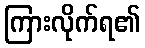
ကြားလိုက်ရ၏